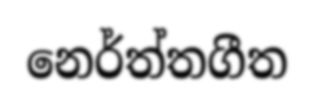
නෙර්ත්තගීත